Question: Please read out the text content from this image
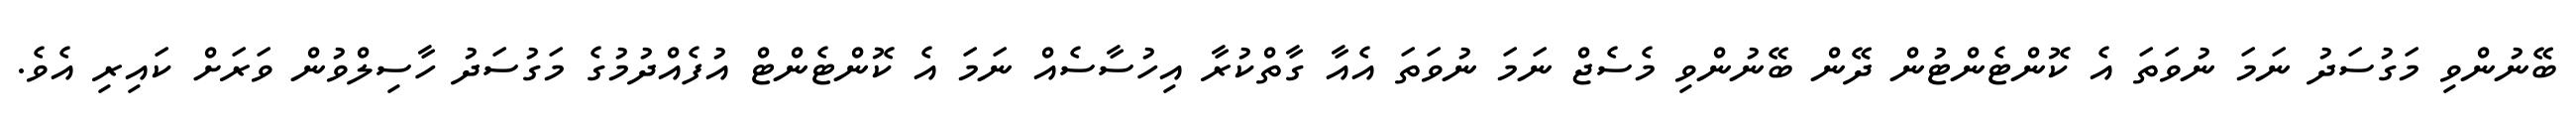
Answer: ބޭނުންވި މަގުސަދު ނަމަ ނުވަތަ އެ ކޮންޓެންޓުން ދޭން ބޭނުންވި މެސެޖް ނަމަ ނުވަތަ އެއާ ގާތްކުރާ އިހުސާސެއް ނަމަ އެ ކޮންޓެންޓް އުފެއްދުމުގެ މަގުސަދު ހާސިލްވުން ވަރަށް ކައިރި އެވެ.